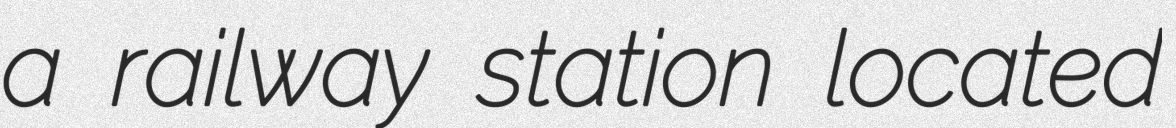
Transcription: a railway station located